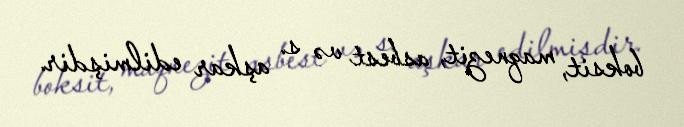
boksit, maqnezit, asbest və s. aşkar edilmişdir.